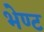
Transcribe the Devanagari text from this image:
भेण्ट